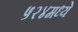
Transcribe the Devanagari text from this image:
५२४मध्ये